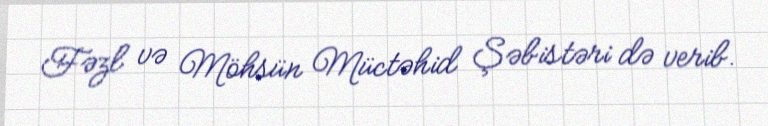
Fəzl və Möhsün Müctəhid Şəbistəri də verib.